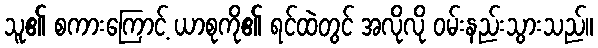
သူ၏ စကားကြောင့် ယာစုကို၏ ရင်ထဲတွင် အလိုလို ဝမ်းနည်းသွားသည်။